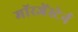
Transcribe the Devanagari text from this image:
मॉरजेंस्टेर्न